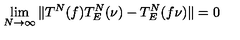
\lim _ { N \to \infty } \Vert T ^ { N } ( f ) T _ { E } ^ { N } ( \nu ) - T _ { E } ^ { N } ( f \nu ) \Vert = 0